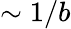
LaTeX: \sim 1/b